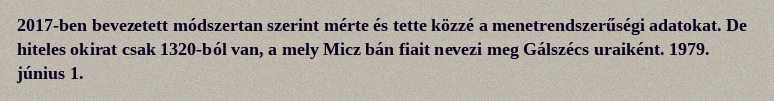
2017-ben bevezetett módszertan szerint mérte és tette közzé a menetrendszerűségi adatokat. De hiteles okirat csak 1320-ból van, a mely Micz bán fiait nevezi meg Gálszécs uraiként. 1979. június 1.